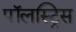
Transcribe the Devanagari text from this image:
पॉलस्ट्रिस